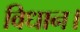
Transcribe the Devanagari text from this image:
विधान।